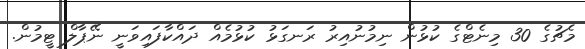
މެޗުގެ 30 މިނެޓްގެ ކުޅުން ނިމުނުއިރު ރަނގަޅު ކުޅުމެއް ދައްކާފައިވަނީ ނޭޕާލް ޓީމުން.